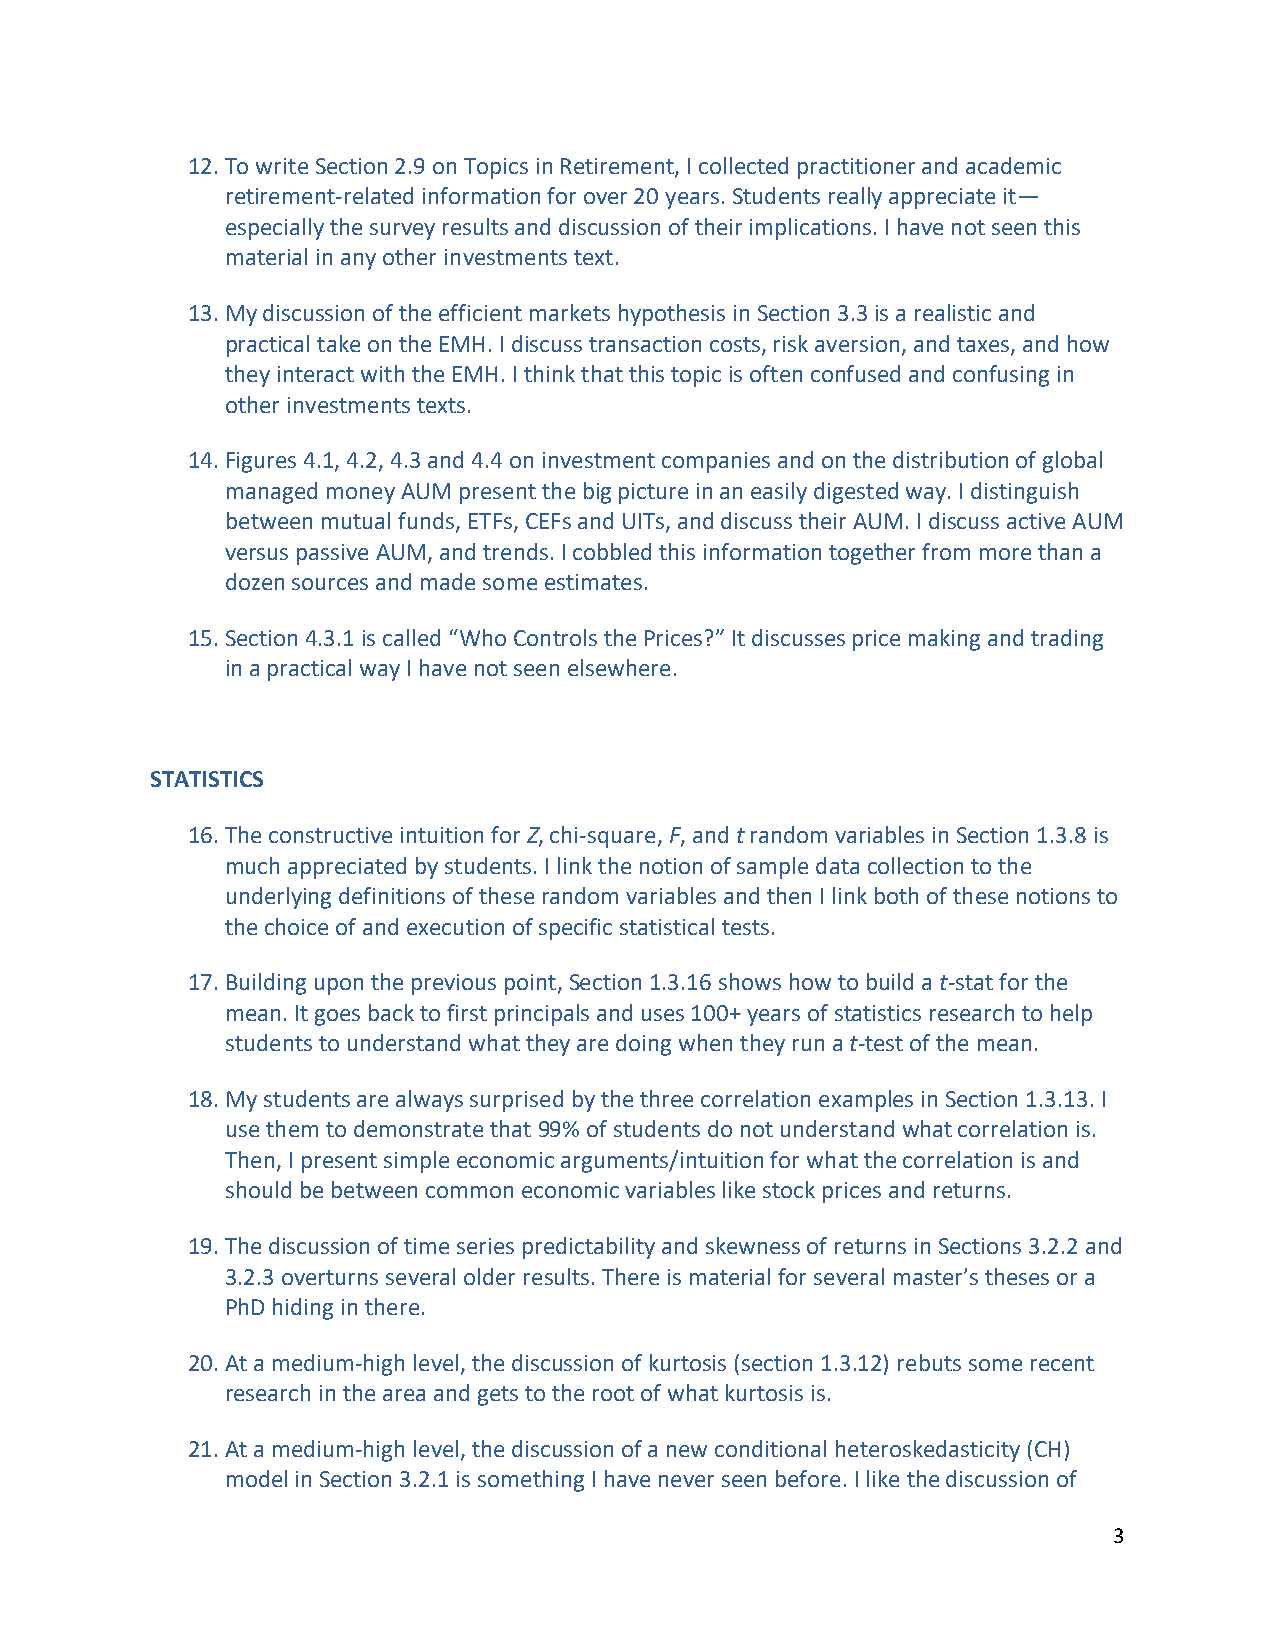
12. To write Section 2.9 on Topics in Retirement, I collected practitioner and academic
 retirement‐related information for over 20 years. Students really appreciate it—
 especially the survey results and discussion of their implications. I have not seen this
 material in any other investments text.
 13. My discussion of the efficient markets hypothesis in Section 3.3 is a realistic and
 practical take on the EMH. I discuss transaction costs, risk aversion, and taxes, and how
 they interact with the EMH. I think that this topic is often confused and confusing in
 other investments texts.
 14. Figures 4.1, 4.2, 4.3 and 4.4 on investment companies and on the distribution of global
 managed money AUM present the big picture in an easily digested way. I distinguish
 between mutual funds, ETFs, CEFs and UITs, and discuss their AUM. I discuss active AUM
 versus passive AUM, and trends. I cobbled this information together from more than a
 dozen sources and made some estimates.
 15. Section 4.3.1 is called “Who Controls the Prices?” It discusses price making and trading
 in a practical way I have not seen elsewhere.
 STATISTICS
 16. The constructive intuition for Z, chi‐square, F, and t random variables in Section 1.3.8 is
 much appreciated by students. I link the notion of sample data collection to the
 underlying definitions of these random variables and then I link both of these notions to
 the choice of and execution of specific statistical tests.
 17. Building upon the previous point, Section 1.3.16 shows how to build a t‐stat for the
 mean. It goes back to first principals and uses 100+ years of statistics research to help
 students to understand what they are doing when they run a t‐test of the mean.
 18. My students are always surprised by the three correlation examples in Section 1.3.13. I
 use them to demonstrate that 99% of students do not understand what correlation is.
 Then, I present simple economic arguments/intuition for what the correlation is and
 should be between common economic variables like stock prices and returns.
 19. The discussion of time series predictability and skewness of returns in Sections 3.2.2 and
 3.2.3 overturns several older results. There is material for several master’s theses or a
 PhD hiding in there.
 20. At a medium‐high level, the discussion of kurtosis (section 1.3.12) rebuts some recent
 research in the area and gets to the root of what kurtosis is.
 21. At a medium‐high level, the discussion of a new conditional heteroskedasticity (CH)
 model in Section 3.2.1 is something I have never seen before. I like the discussion of
 3